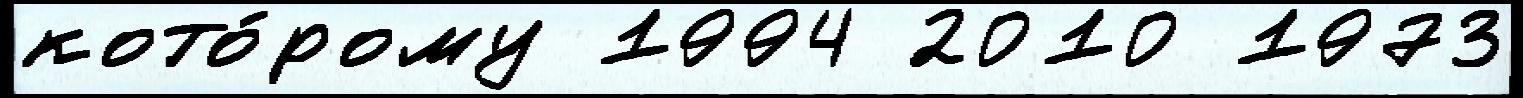
кото́рому 1994 2010 1973